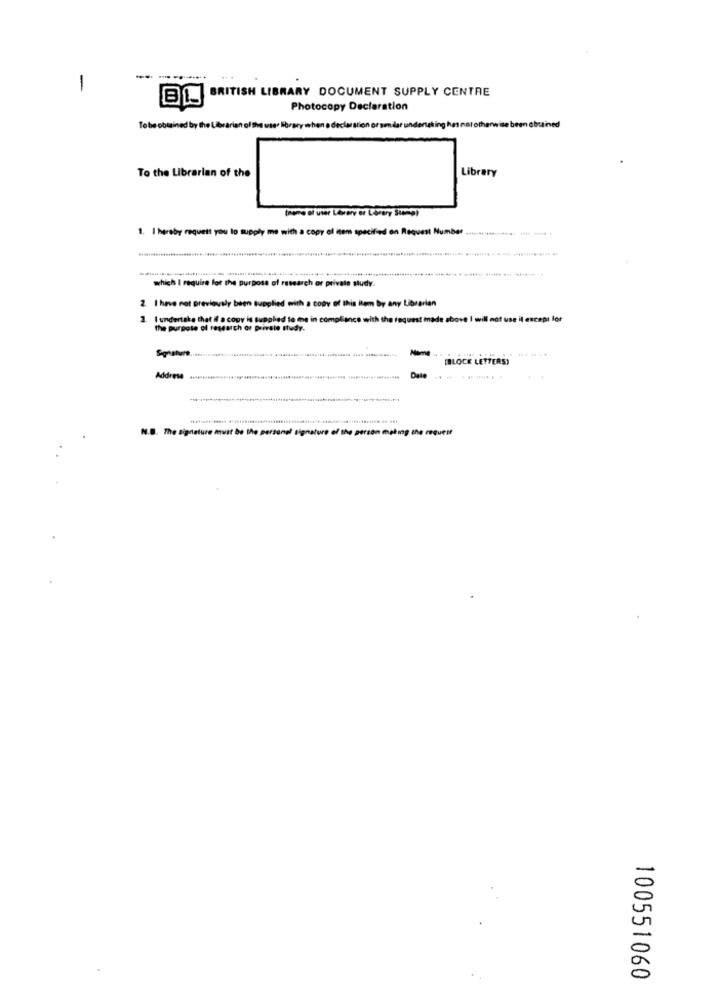
-
BL
BRITISH LIBRARY DOCUMENT SUPPLY CENTRE
Photocopy Declaration
Tobe obtained by the Laborarian of the user library when o declar ation or sedlar undertaking has nototherwise been obuined
To the Librarian of the
Library
there of uter Lärarv of Lorery Stempl
1. I hereby request you to supply me with a copy
at Number
which I require for the purpose of research or private study.
2 I have not previously been supplied with a copy of this item by any Librarian
3. I undertake that il a copy is supplied lo me in comp
above I will not use il except for
the purpose of research or private study.
--
[BLOCK LETTERS)
Addrese
Date
. The Signature must be the personel signature of the person making the request
100551060